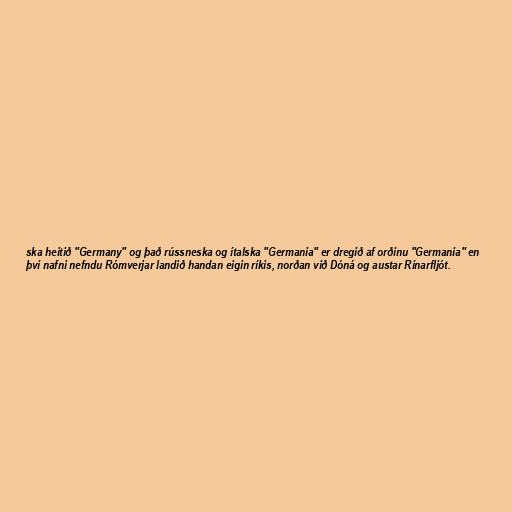
ska heitið "Germany" og það rússneska og ítalska "Germania" er dregið af orðinu "Germania" en
því nafni nefndu Rómverjar landið handan eigin ríkis, norðan við Dóná og austar Rínarfljót.